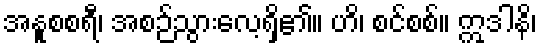
အနူစစရီ၊ အစဉ်သွားလေ့ရှိ၏။ ဟိ၊ စင်စစ်။ ဣဒါနိ၊